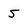
Character: 5